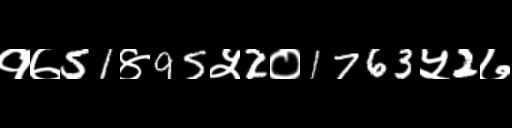
Text: १७51४95५2०1763५2७